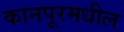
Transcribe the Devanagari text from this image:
कानपूरमधील